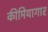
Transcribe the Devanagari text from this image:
कीमियागार